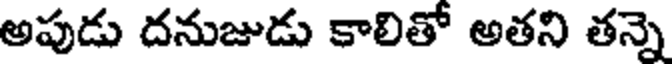
అపుడు దనుజుడు కాలితో అతని తన్నె